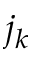
j _ { k }